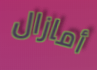
أمازال